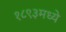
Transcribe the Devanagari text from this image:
१८९३मध्ये